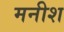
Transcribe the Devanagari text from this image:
मनीश